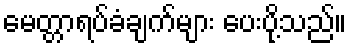
မေတ္တာရပ်ခံချက်များ ပေးပို့သည်။